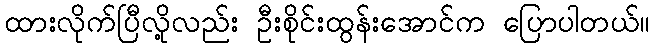
ထားလိုက်ပြီလို့လည်း ဦးစိုင်းထွန်းအောင်က ပြောပါတယ်။